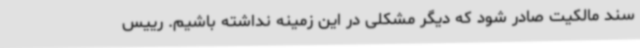
سند مالکیت صادر شود که دیگر مشکلی در این زمینه نداشته باشیم. رییس